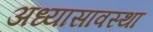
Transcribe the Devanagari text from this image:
अध्यासावस्था